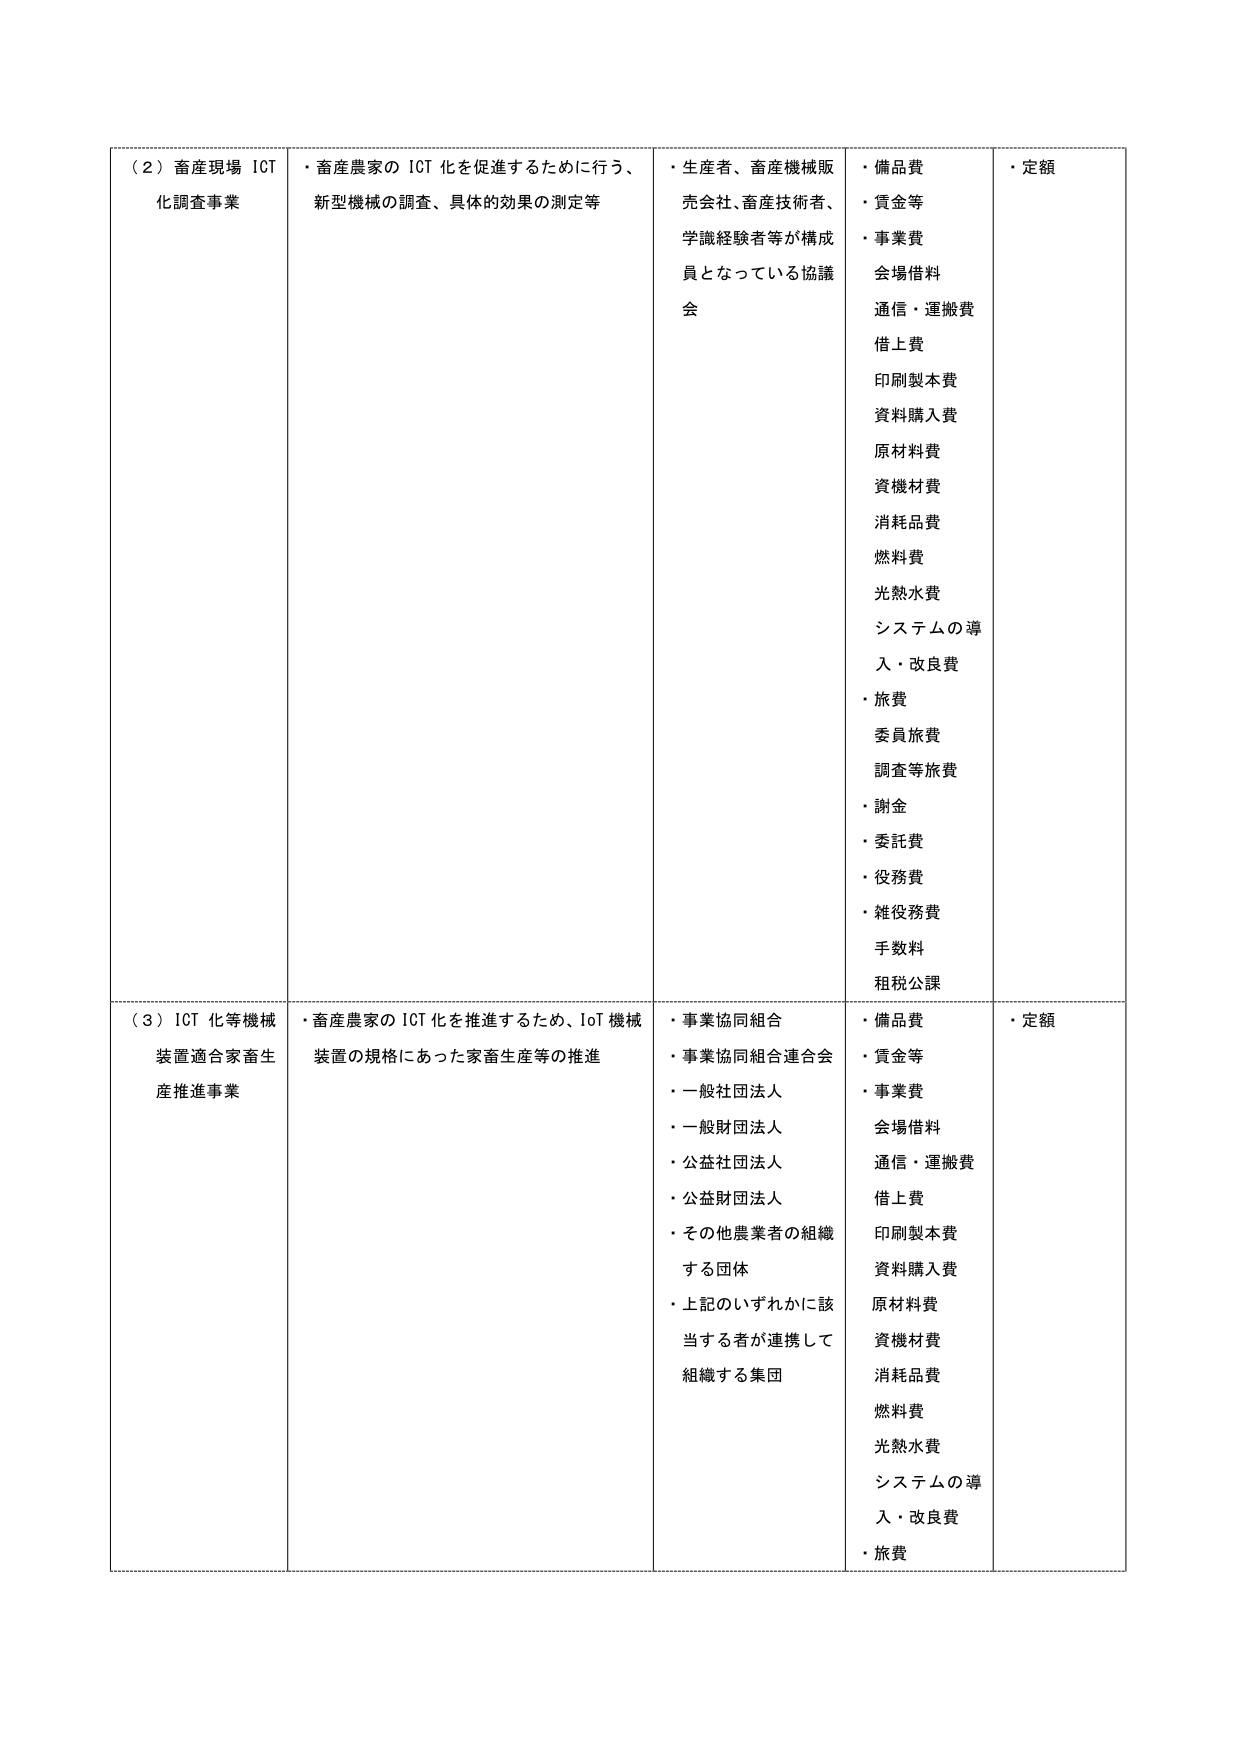
（２）畜産現場 ICT 化調査事業
・畜産農家の ICT 化を促進するために行う、新型機械の調査、具体的効果の測定等
・生産者、畜産機械販売会社、畜産技術者、学識経験者等が構成員となっている協議会
・備品費
・賃金等
・事業費
会場借料
通信・運搬費
借上費
印刷製本費
資料購入費
原材料費
資機材費
消耗品費
燃料費
光熱水費
システムの導入・改良費
・旅費
委員旅費
調査等旅費
・謝金
・委託費
・役務費
・雑役務費
手数料
租税公課
・定額

（３）ICT 化等機械装置適合家畜生産推進事業
・畜産農家の ICT 化を推進するため、IoT 機械装置の規格にあった家畜生産等の推進
・事業協同組合
・事業協同組合連合会
・一般社団法人
・一般財団法人
・公益社団法人
・公益財団法人
・その他農業者の組織する団体
・上記のいずれかに該当する者が連携して組織する集団
・備品費
・賃金等
・事業費
会場借料
通信・運搬費
借上費
印刷製本費
資料購入費
原材料費
資機材費
消耗品費
燃料費
光熱水費
システムの導入・改良費
・旅費
・定額